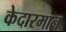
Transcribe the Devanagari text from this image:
केदारमान